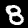
Digit: 8